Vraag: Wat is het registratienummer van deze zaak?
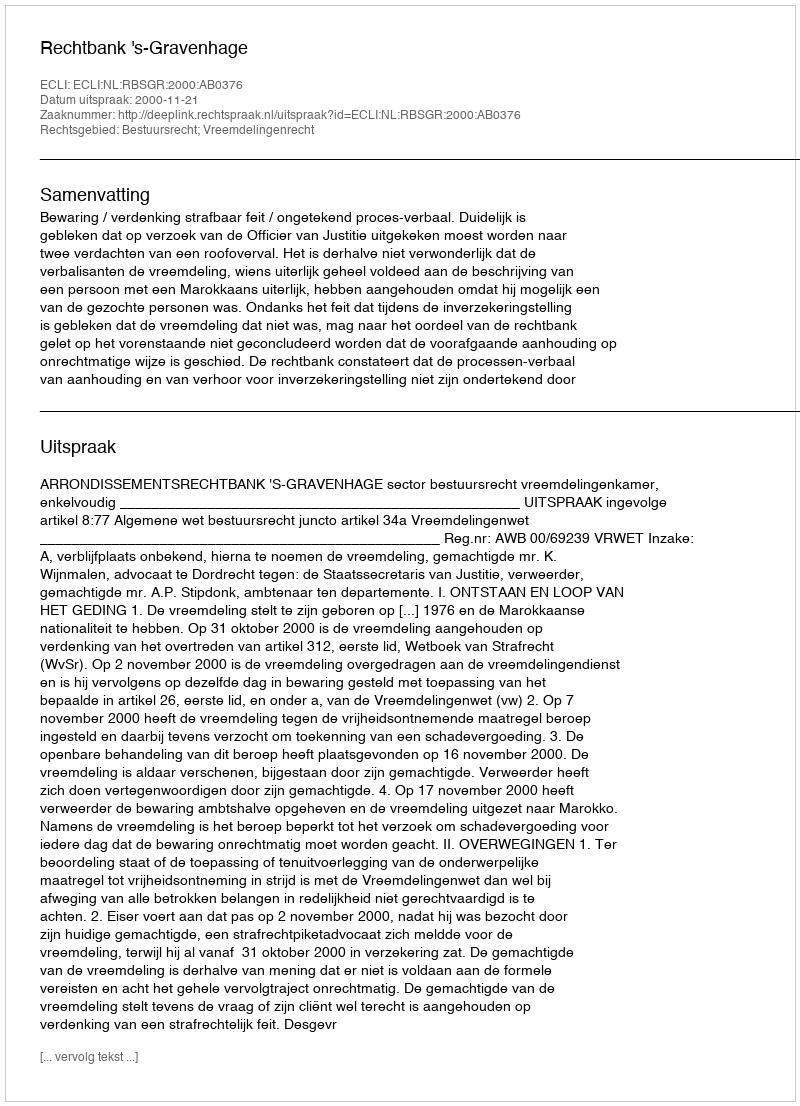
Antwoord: http://deeplink.rechtspraak.nl/uitspraak?id=ECLI:NL:RBSGR:2000:AB0376